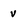
Character: v